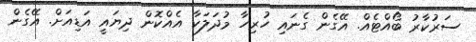
ސަރުކާރު ބޯއްޓެއް. އޭގެން ގެނައި ހުރިހާ މުދަލަކާ އެއްކޮން ދިޔައީ އަޑިއަށް. އޭގެން